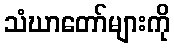
သံဃာတော်များကို